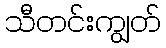
သီတင်းကျွတ်